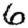
Digit: 6